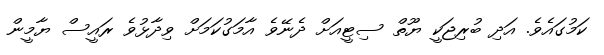
ކަމުގައެވެ. އަދި ބުރިޖަކީ ޔޫތް ސިޓީއަށް ދެނޭވެ އާމަގުކަމަށް ވިދާޅުވެ ރައީސް ޔާމީން